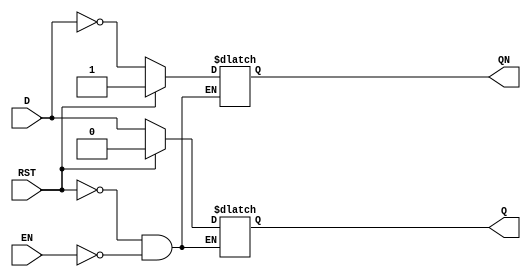
`timescale 1ns / 1ps
module D_latch(Q,QN,D,EN,RST);
    output reg Q,QN;
    input D;
    input EN,RST;
    
    always @(EN,RST,D) begin
        if(RST) begin
            Q<=0;
            QN<=1;
        end
        else if(EN) begin
            Q<=D;
            QN<=~D;
        end
    end
endmodule